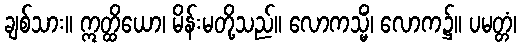
ချစ်သား။ ဣတ္ထိယော၊ မိန်းမတို့သည်။ လောကသ္မိံ၊ လောက၌။ ပမတ္တံ၊